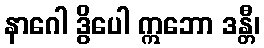
နာဂေါ ဒွိပေါ ဣဘော ဒန္တီ၊